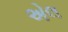
એલ